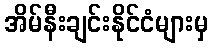
အိမ်နီးချင်းနိုင်ငံများမှ